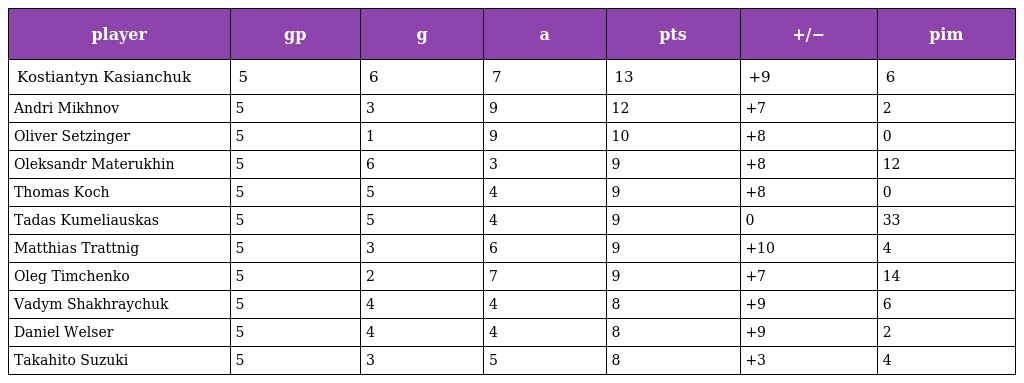
| player | gp | g | a | pts | +/− | pim |
 | --- | --- | --- | --- | --- | --- | --- |
 | Kostiantyn Kasianchuk | 5 | 6 | 7 | 13 | +9 | 6 |
 | Andri Mikhnov | 5 | 3 | 9 | 12 | +7 | 2 |
 | Oliver Setzinger | 5 | 1 | 9 | 10 | +8 | 0 |
 | Oleksandr Materukhin | 5 | 6 | 3 | 9 | +8 | 12 |
 | Thomas Koch | 5 | 5 | 4 | 9 | +8 | 0 |
 | Tadas Kumeliauskas | 5 | 5 | 4 | 9 | 0 | 33 |
 | Matthias Trattnig | 5 | 3 | 6 | 9 | +10 | 4 |
 | Oleg Timchenko | 5 | 2 | 7 | 9 | +7 | 14 |
 | Vadym Shakhraychuk | 5 | 4 | 4 | 8 | +9 | 6 |
 | Daniel Welser | 5 | 4 | 4 | 8 | +9 | 2 |
 | Takahito Suzuki | 5 | 3 | 5 | 8 | +3 | 4 |